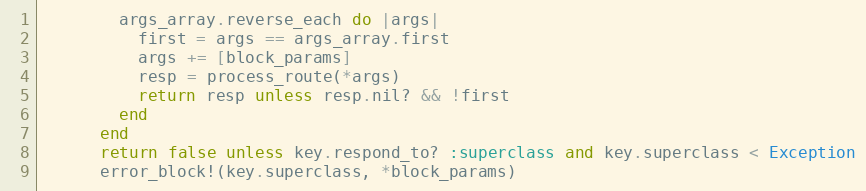
Language: Ruby
        args_array.reverse_each do |args|
          first = args == args_array.first
          args += [block_params]
          resp = process_route(*args)
          return resp unless resp.nil? && !first
        end
      end
      return false unless key.respond_to? :superclass and key.superclass < Exception
      error_block!(key.superclass, *block_params)